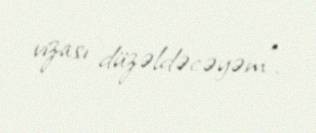
vizası düzəldəcəyəm”.